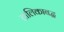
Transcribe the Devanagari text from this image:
तालिकाबद्ध